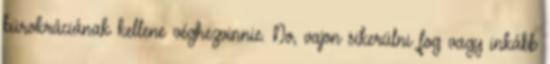
bürokráciának kellene véghezvinnie. No, vajon sikerülni fog vagy inkább